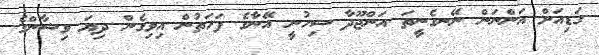
ގަޑިއަށް އަންނަން ނޭނގެނީތަ އަންޖޫދާ ސިހުނީ އޭނާގެ ފަހަތުން އިވިގެން ދިޔަ ވިޝާންގެ